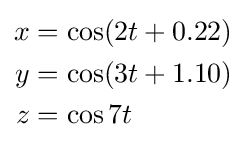
{\begin{aligned}x&=\cos(2t+0.22)\\y&=\cos(3t+1.10)\\z&=\cos 7t\end{aligned}}